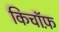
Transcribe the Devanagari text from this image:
किचॉफ़